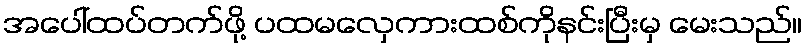
အပေါ်ထပ်တက်ဖို့ ပထမလှေကားထစ်ကိုနင်းပြီးမှ မေးသည်။